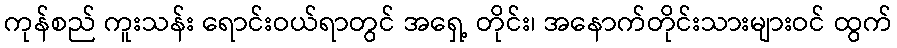
ကုန်စည် ကူးသန်း ရောင်းဝယ်ရာတွင် အရှေ့ တိုင်း၊ အနောက်တိုင်းသားများဝင် ထွက်